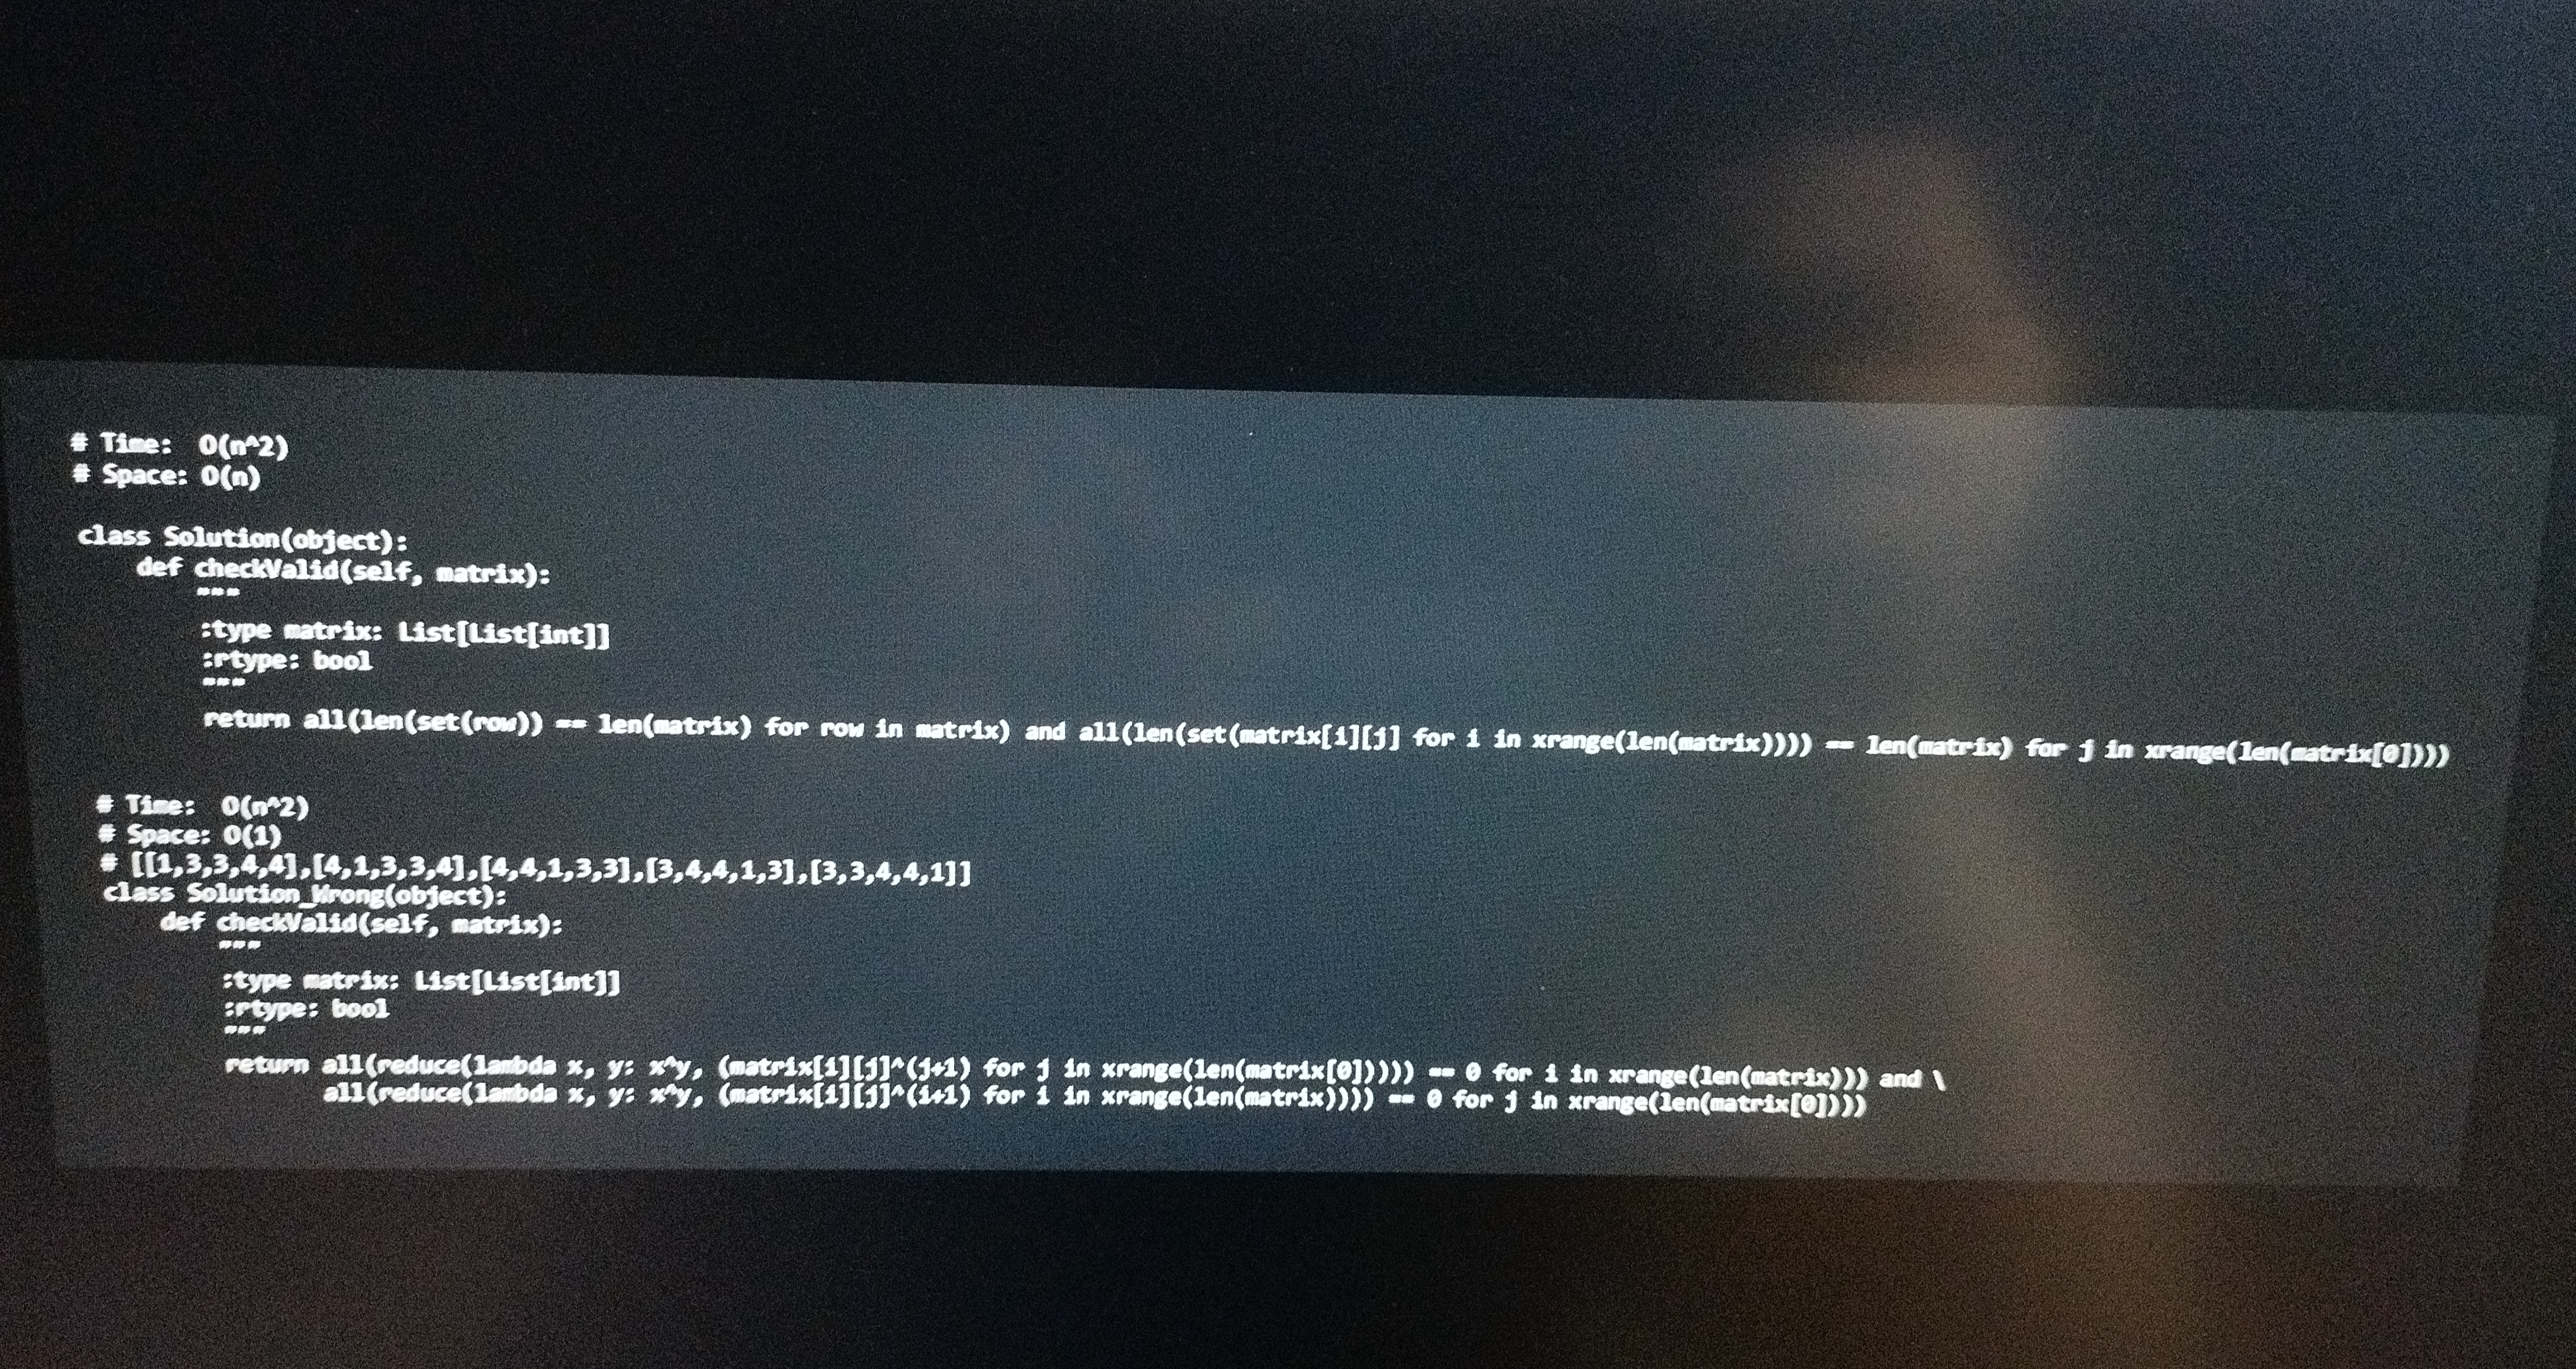
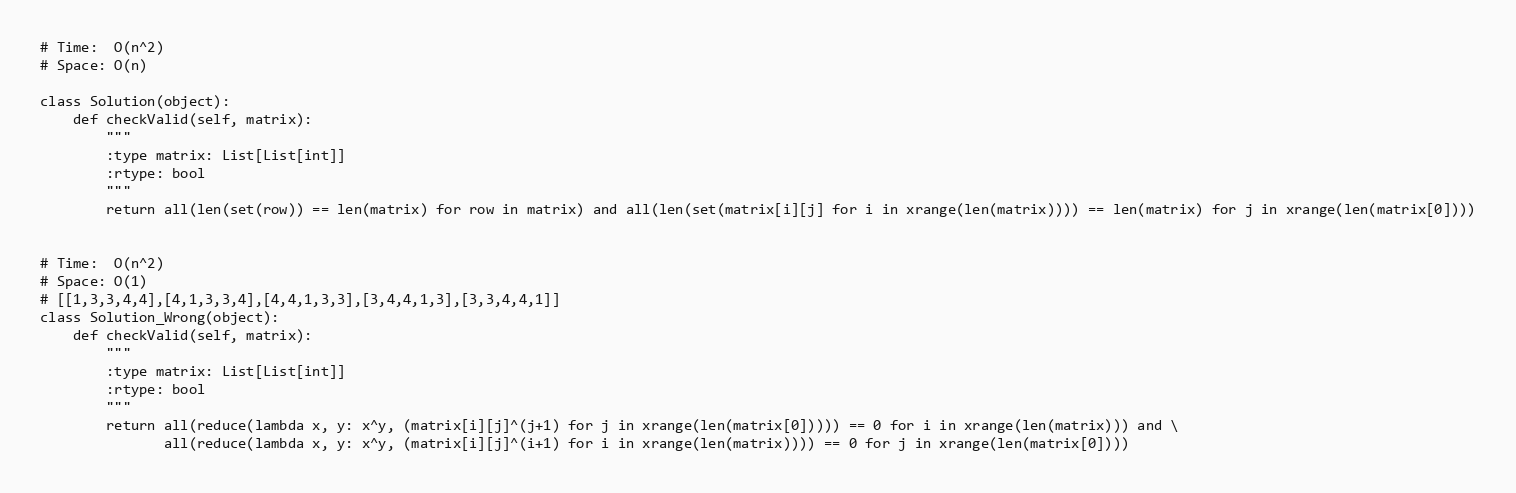
# Time:  O(n^2)
# Space: O(n)

class Solution(object):
    def checkValid(self, matrix):
        """
        :type matrix: List[List[int]]
        :rtype: bool
        """
        return all(len(set(row)) == len(matrix) for row in matrix) and all(len(set(matrix[i][j] for i in xrange(len(matrix)))) == len(matrix) for j in xrange(len(matrix[0])))

# Time:  O(n^2)
# Space: O(1)
# [[1,3,3,4,4],[4,1,3,3,4],[4,4,1,3,3],[3,4,4,1,3],[3,3,4,4,1]]
class Solution_Wrong(object):
    def checkValid(self, matrix):
        """
        :type matrix: List[List[int]]
        :rtype: bool
        """
        return all(reduce(lambda x, y: x^y, (matrix[i][j]^(j+1) for j in xrange(len(matrix[0])))) == 0 for i in xrange(len(matrix))) and \
               all(reduce(lambda x, y: x^y, (matrix[i][j]^(i+1) for i in xrange(len(matrix)))) == 0 for j in xrange(len(matrix[0])))